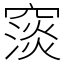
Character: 䆱